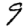
Digit: 9